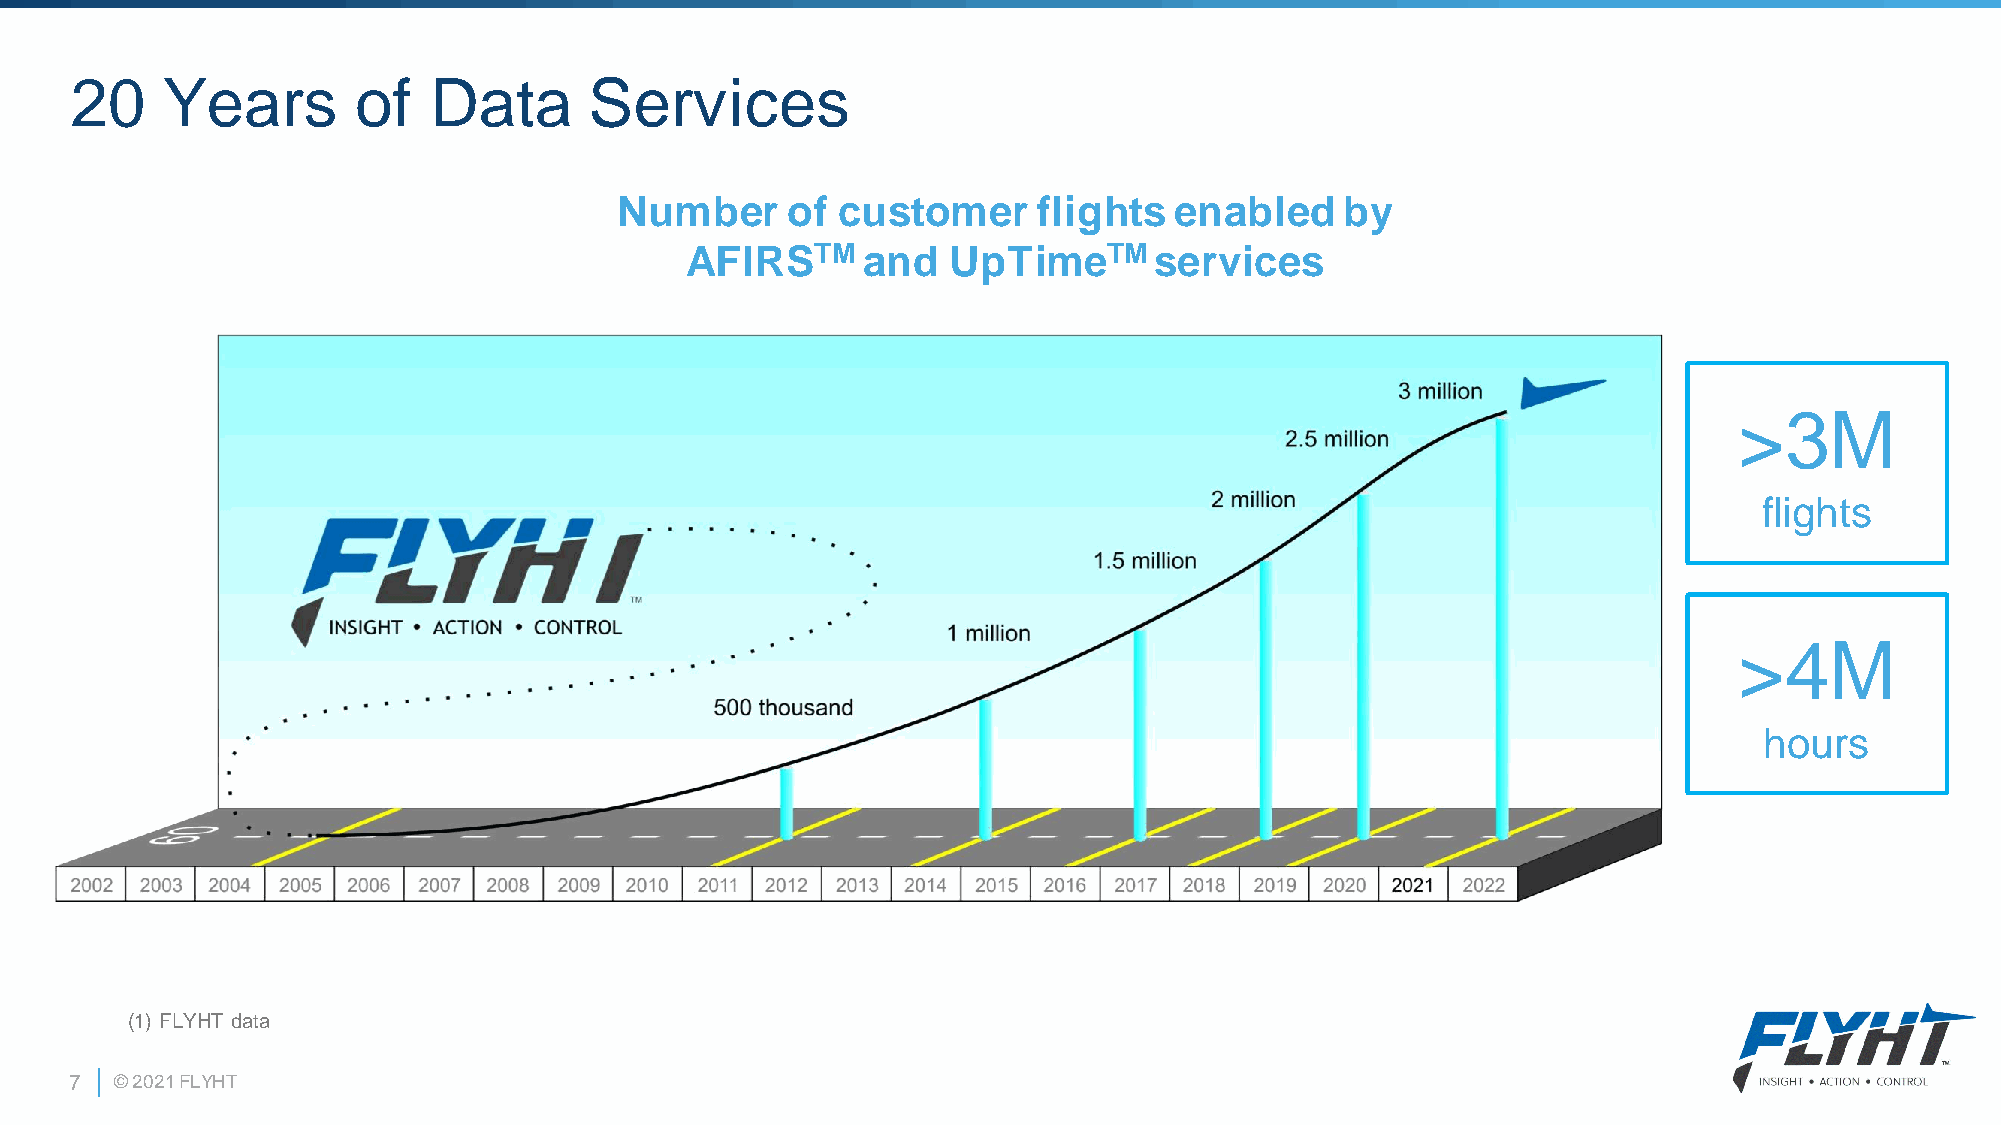
20    Years        of  Data       Services
 Number     of customer      flights  enabled    by
 AFIRSTM     and   UpTimeTM     services
 >3M
 flights
 >4M
 hours
 (1) FLYHT data
 7  © 2021 FLYHT